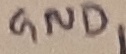
Text: GND